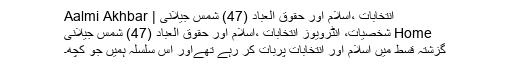
انتخابات ،اسلام اور حقوق العباد (47) شمس جیلانی | Aalmi Akhbar
Home شخصیات، انٹرویوز انتخابات ،اسلام اور حقوق العباد (47) شمس جیلانی
گزشتہ قسط میں اسلام اور انتخابات پربات کر رہے تھےاور اس سلسلہ ہمیں جو کچھ۔